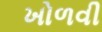
ખોળવી